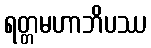
ရတ္တမဟာဘိပဿ